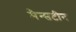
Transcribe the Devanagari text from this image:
मैन्सटीन